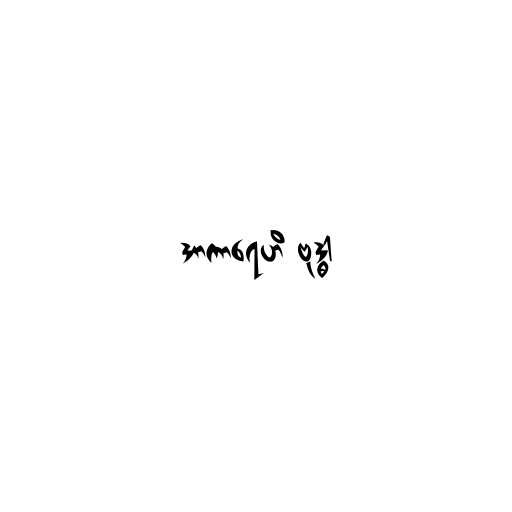
အာကာရေဟိ ဗုဒ္ဓါ